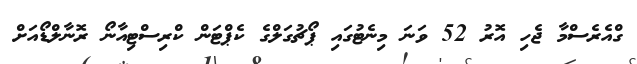
ގްއެރެސްމާ ޖެހި އޮރު 52 ވަނަ މިނެޓުގައި ޕޯޗުގަލްގެ ކެޕްޓަން ކްރިސްޓިއާނޯ ރޮނާލްޑޯއަށް